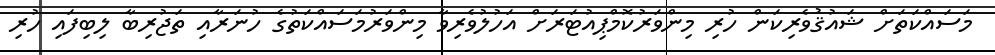
މަސައްކަތަށް ޝައުޤުވެރިކަން ހުރި މިންވަރުކޮމްޕިއުޓަރަށް އަހުލުވެރިވާ މިންވަރުމަސައްކަތުގެ ހުނަރާއި ތަޖުރިބާ ލިބިފައި ހުރި